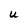
Character: U